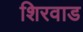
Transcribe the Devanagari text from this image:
शिरवाड